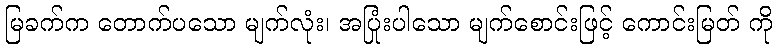
မြခက်က တောက်ပသော မျက်လုံး၊ အပြုံးပါသော မျက်စောင်းဖြင့် ကောင်းမြတ် ကို